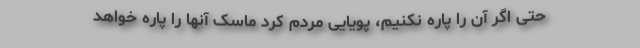
حتی اگر آن را پاره نکنیم، پویایی مردم کرد ماسک آنها را پاره خواهد